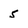
Character: 5